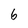
Character: 6